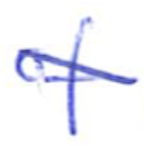
Text: of
Cross-out: diagonal
Writing tool: ballpoint